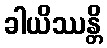
ခါယိဿန္တိ